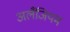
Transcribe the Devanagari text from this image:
अलँजियम